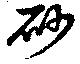
砂